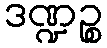
ဒဏ္ဍဉ္စ